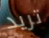
تريد